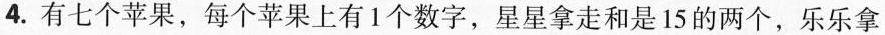
4.有七个苹果，每个苹果上有1个数字，星星拿走和是15的两个，乐乐拿